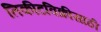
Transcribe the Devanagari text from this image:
तिकीटविक्रीसाठी